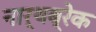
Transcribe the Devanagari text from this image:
नार्थब्रेक